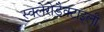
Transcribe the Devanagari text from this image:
स्क्लेरोडैक्टाइली